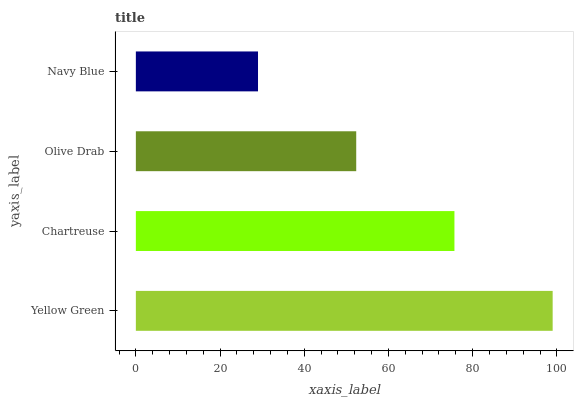
| yaxis_label | bars |
 | --- | --- |
 | Yellow Green | 99 |
 | Chartreuse | 75.7 |
 | Olive Drab | 52.3 |
 | Navy Blue | 29 |